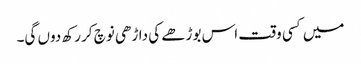
میں کسی وقت اس بوڑھے کی داڑھی نوچ کر رکھ دوں گی۔